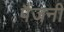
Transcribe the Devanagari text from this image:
पैंजनी